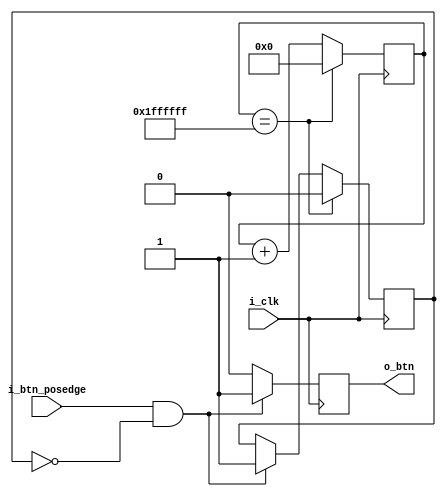
module btn_activator(
	input 		i_clk,
	input 		i_btn_posedge,
	output reg 	o_btn
);
	
	reg 		btn_start_wait;
	reg	[24:0] 	btn_wait_counter;
	
	always @(posedge i_clk) begin // btn_reset waiter block
		// issue btn signal to logic and wait ~0.1 seconds till next press
		o_btn					<= (i_btn_posedge && ~btn_start_wait) ? 1: 0;
		btn_start_wait			<= (i_btn_posedge && ~btn_start_wait) ? 1: btn_start_wait;
		if (btn_wait_counter == {25{1'b1}}) begin
			btn_wait_counter 	<= 0;
			btn_start_wait 		<= 0;
		end else begin
			btn_wait_counter	<= btn_wait_counter + 1;
		end
	end
	
endmodule